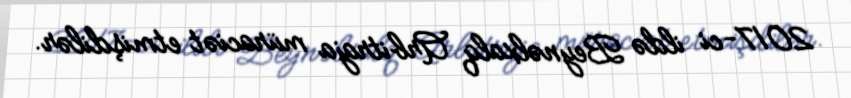
2017-ci ildə Beynəlxalq Arbitraja müraciət etmişdilər.